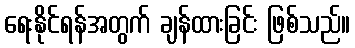
ရေးနိုင်ရန်အတွက် ချန်ထားခြင်း ဖြစ်သည်။